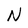
Character: N